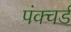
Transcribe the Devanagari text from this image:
पंक्चर्ड